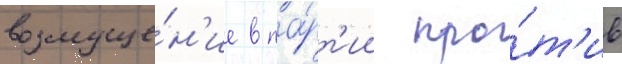
возмуще́н'ие в па́рт'ии про́т'ив